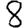
Digit: 8